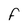
Character: F